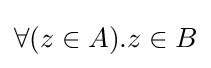
\forall (z\in A).z\in B